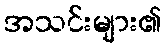
အသင်းများ၏